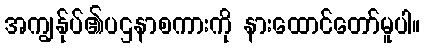
အကျွန်ုပ်၏ပဌနာစကားကို နားထောင်တော်မူပါ။